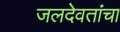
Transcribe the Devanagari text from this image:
जलदेवतांचा